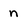
Character: n